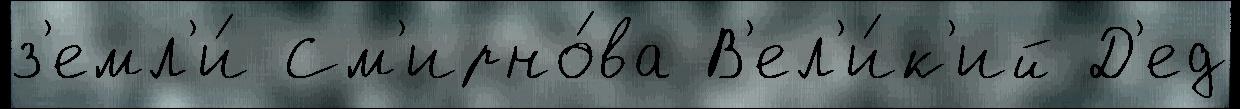
з'емл'и́ См'ирно́ва В'ел'и́к'ий Д'ед